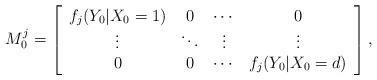
LaTeX: \begin{align*}M^j_0 = \left[ \begin{array}{cccc}f_j(Y_0|X_0=1) & 0 & \cdots & 0 \\\vdots &\ddots & \vdots & \vdots\\0 & 0 & \cdots & f_j(Y_0|X_0=d) \end{array} \right], \end{align*}